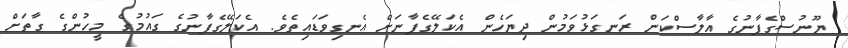
ޔޫނުސްގެފާނުގެ އާލާސްކަން ރަނގަޅުވަމުން ދިޔަހެން އެކަލޭގެފާނަށް އެނގިވަޑައިތެވެ. އެކަލޭގެފާނުގެ ގައުމުގެ މީހުންގެ ގާތަށް